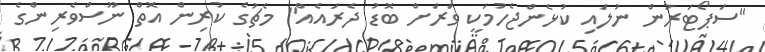
"ސަޕޯޓަރުން ނުލައި ކުޅެންޖެހުމަކީ ވަރަށް ބޮޑު ދެރައެއް" މެޗުގެ ކުރިން އޮތް ނޫސްވެރިންގެ